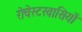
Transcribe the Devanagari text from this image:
रोचेस्टरवासियों